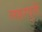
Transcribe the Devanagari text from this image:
लहरपुरी